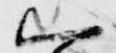
一